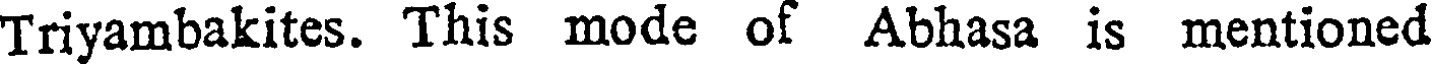
Triyambakites. This mode of Abhasa is mentioned